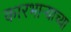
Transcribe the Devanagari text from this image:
कारभार्‍याच्या